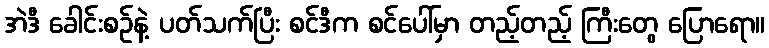
အဲဒီ ခေါင်းစဉ်နဲ့ ပတ်သက်ပြီး စင်ဒီက စင်ပေါ်မှာ တည့်တည့် ကြီးတွေ ပြောရော။